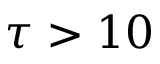
\tau > 1 0